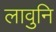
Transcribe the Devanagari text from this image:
लावुनि